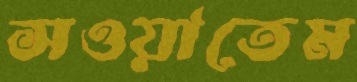
সওয়াতেম